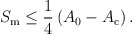
\begin{align*}S_{\rm m} \leq \frac{1}{4} \left( A_0 - A_{\rm c} \right) .\end{align*}